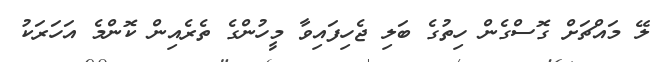
ލޭ މައްޗަށް ގޮސްގެން ހިތުގެ ބަލި ޖެހިފައިވާ މީހުންގެ ތެރެއިން ކޮންމެ އަހަރަކު